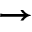
\rightarrow